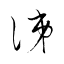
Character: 涕